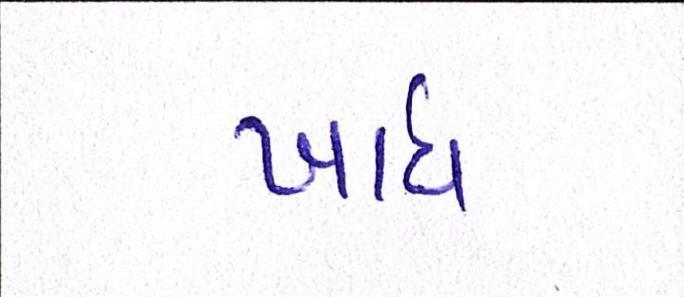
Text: ખાધ